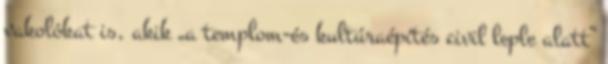
vakolókat is, akik „a templom-és kul­túraépítés civil leple a­latt”